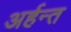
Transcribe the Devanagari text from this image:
अर्हन्त